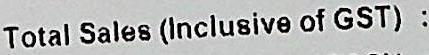
TOTAL SALES(INCLUSIVE OF GST) :